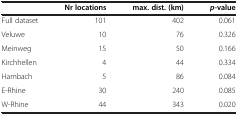
|  | Nr locations | max. dist. (km) | p-value |
 | --- | --- | --- | --- |
 | Full dataset | 101 | 402 | 0.061 |
 | Veluwe | 10 | 76 | 0.326 |
 | Meinweg | 15 | 50 | 0.166 |
 | Kirchhellen | 4 | 44 | 0.334 |
 | Hambach | 5 | 86 | 0.084 |
 | E-Rhine | 30 | 240 | 0.085 |
 | W-Rhine | 44 | 343 | 0.020 |